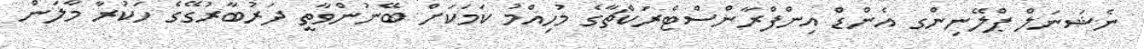
ނެޝަނަލް ޕްލޭނިންގ އެންޑް އިންފްރާންސްޓްރަކްޗާގެ މުހިއްމު ކަމަކަށް ބޭނުންވާތީ ދަރުބާރުގޭގެ ހަކުރާ މާލަން